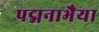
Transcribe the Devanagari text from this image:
पद्मनाभैया